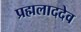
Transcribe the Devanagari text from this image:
प्रह्मलाददेव